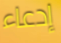
إدعاء